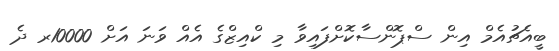
ބީއެޗުއެމް އިން ސްޕޮންސާކޮށްފައިވާ މި ކްއިޒްގެ އެއް ވަނަ އަށް 10000ރ ދެ